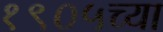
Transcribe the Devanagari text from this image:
१९०५च्या